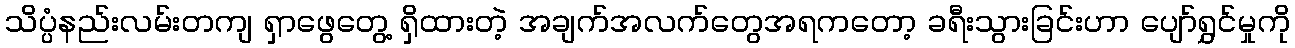
သိပ္ပံနည်းလမ်းတကျ ရှာဖွေတွေ့ ရှိထားတဲ့ အချက်အလက်တွေအရကတော့ ခရီးသွားခြင်းဟာ ပျော်ရွှင်မှုကို